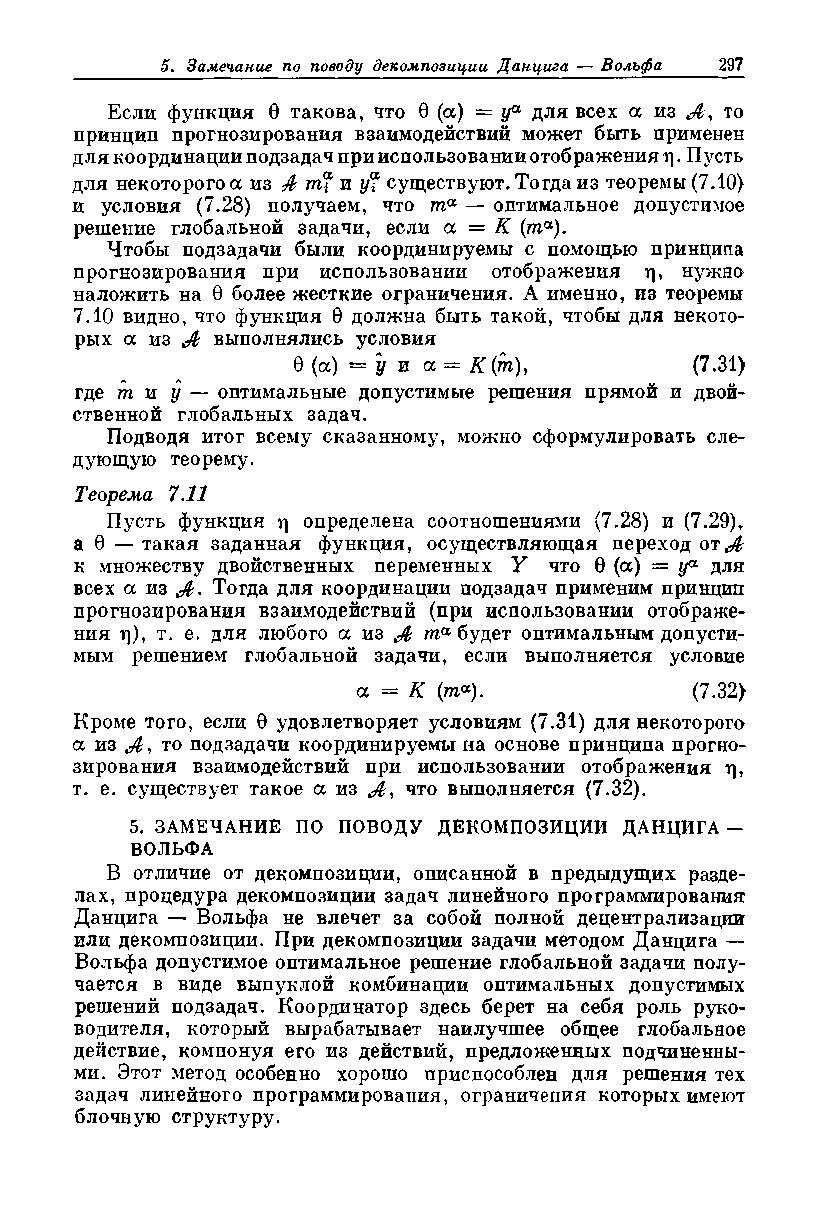
Если функция 0 такова, что 0 (а) = уа для всех а из то
 принцип прогнозирования взаимодействий может быть применен
 для координации подзадач при использовании отображения г\. Пусть
 для некоторого а из Л пг? и у? существуют. Тогда из теоремы (7.10)
 и условия (7.28) получаем, что та — оптимальное допустимое
 решение глобальной задачи, если а = К (та).
 Чтобы подзадачи были координируемы с помощью принципа
 прогнозирования при использовании отображения ц, нужно
 наложить на 0 более жесткие ограничения. А именно, из теоремы
 7.10 видно, что функция 0 должна быть такой, чтобы для некото­
 рых а из i выполнялись условия
 0 (а) = у и а = К (т),    (7.31)
 где т и у — оптимальные допустимые решения прямой и двой­
 ственной глобальных задач.
 Подводя итог всему сказанному, можно сформулировать сле­
 дующую теорему.
 Теорема 7.11
 Пусть функция г) определена соотношениями (7.28) и (7.29),
 а 0 — такая заданная функция, осуществляющая переход от<Л
 к множеству двойственных переменных Y что 0 (а) = у® для
 всех а из Тогда для координации подзадач применим принцип
 прогнозирования взаимодействий (при использовании отображе­
 ния ц), т. е. для любого а из Ж та будет оптимальным допусти­
 мым решением глобальной задачи, если выполняется условие
 а = К (та).           (7.32)
 Кроме того, если 0 удовлетворяет условиям (7.31) для некоторого
 а из .i, то подзадачи координируемы на основе принципа прогно­
 зирования взаимодействий при использовании отображения ц,
 т. е. существует такое а из <Л, что выполняется (7.32).
 5. ЗАМЕЧАНИЕ ПО ПОВОДУ ДЕКОМПОЗИЦИИ ДАНЦИГА -
 ВОЛЬФА
 В отличие от декомпозиции, описанной в предыдущих разде­
 лах, процедура декомпозиции задач линейного программирования
 Данцига — Вольфа не влечет за собой полной децентрализации
 или декомпозиции. При декомпозиции задачи методом Данцига —
 Вольфа допустимое оптимальное решение глобальной задачи полу­
 чается в виде выпуклой комбинации оптимальных допустимых
 решений подзадач. Координатор здесь берет на себя роль руко­
 водителя, который вырабатывает наилучшее общее глобальное
 действие, компонуя его из действий, предложенных подчиненны­
 ми. Этот метод особенно хорошо приспособлен для решения тех
 задач линейного программирования, ограничения которых имеют
 блочную структуру.